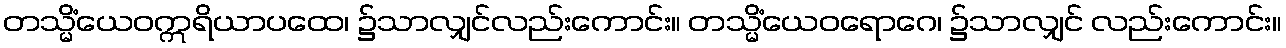
တသ္မိံယေဝဣရိယာပထေ၊ ၌သာလျှင်လည်းကောင်း။ တသ္မိံယေဝရောဂေ၊ ၌သာလျှင် လည်းကောင်း။